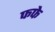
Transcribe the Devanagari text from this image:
फफे